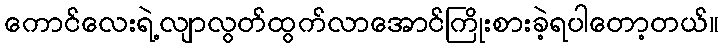
ကောင်လေးရဲ့လျာလွတ်ထွက်လာအောင်ကြိုးစားခဲ့ရပါတော့တယ်။